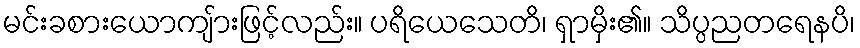
မင်းခစားယောကျ်ားဖြင့်လည်း။ ပရိယေသေတိ၊ ရှာမှိး၏။ သိပ္ပညတရေနပိ၊